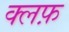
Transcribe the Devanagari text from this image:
क्लफ़